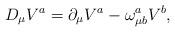
LaTeX: \begin{align*}D_{\mu }V^{a}=\partial _{\mu }V^{a}-\omega _{\mu b}^{a}V^{b},\end{align*}